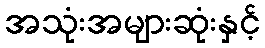
အသုံးအများဆုံးနှင့်